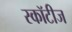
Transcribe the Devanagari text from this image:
स्कॉटीज